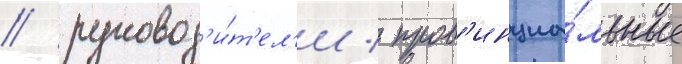
/ руковод'и́т'ел'и / пров'инциа́льные